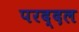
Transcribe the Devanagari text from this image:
परद्दल